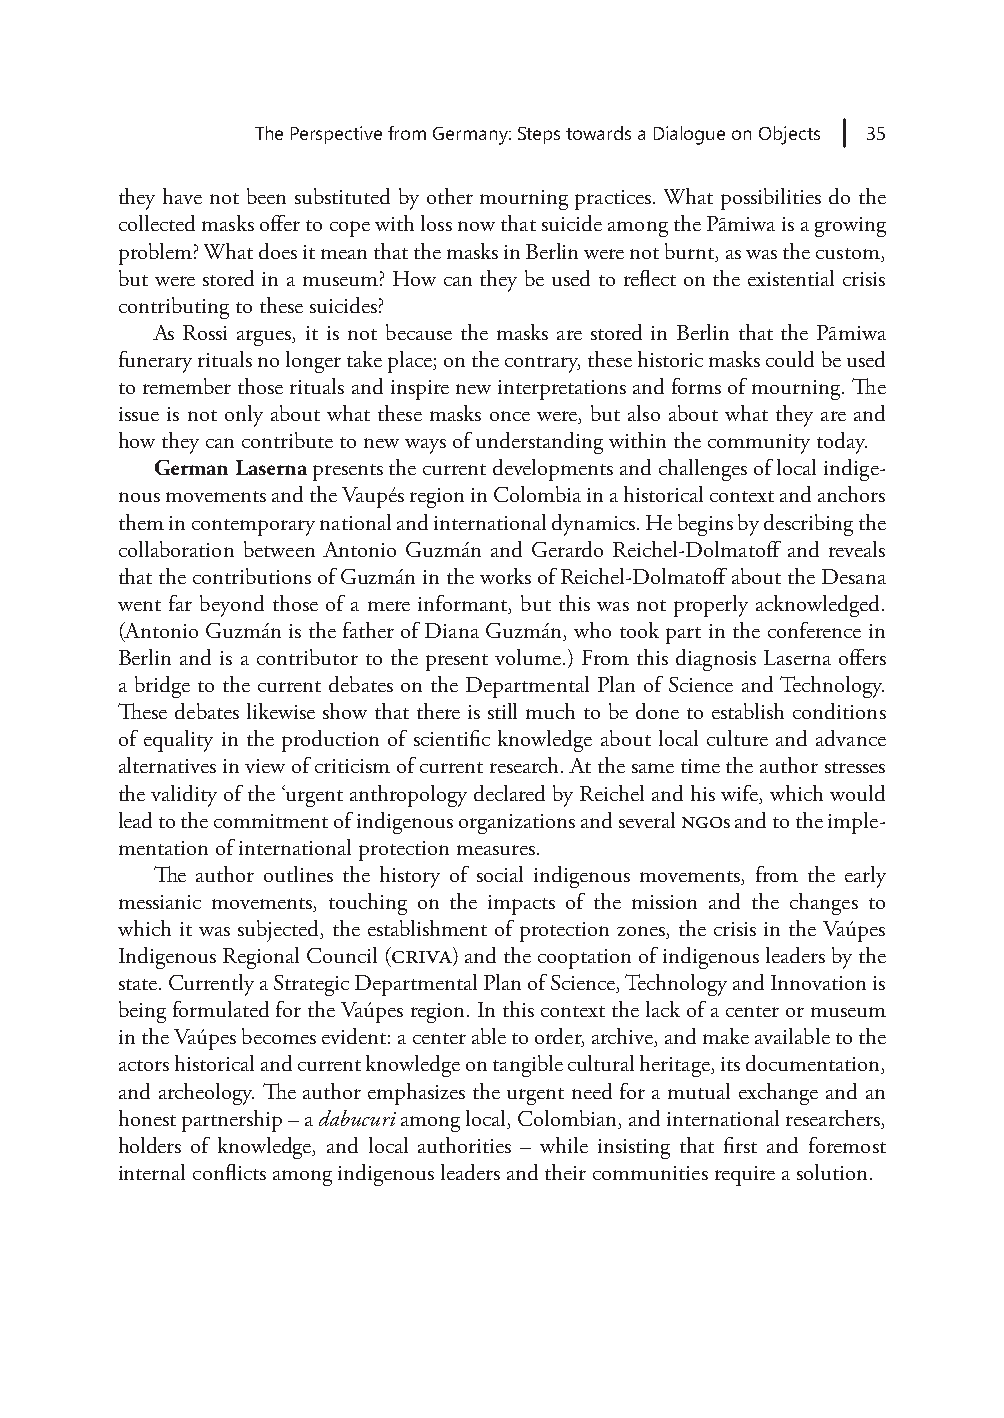
The Perspective from Germany: Steps towards a Dialogue on Objects 35
 they have not been substituted by other mourning practices. What possibilities do the
 collected masks offer to cope with loss now that suicide among the Pãmiwa is a growing
 problem? What does it mean that the masks in Berlin were not burnt, as was the custom,
 but were stored in a museum? How can they be used to reflect on the existential crisis
 contributing to these suicides?
 As Rossi argues, it is not because the masks are stored in Berlin that the Pãmiwa
 funerary rituals no longer take place; on the contrary, these historic masks could be used
 to remember those rituals and inspire new interpretations and forms of mourning. The
 issue is not only about what these masks once were, but also about what they are and
 how they can contribute to new ways of understanding within the community today.
 German Laserna presents the current developments and challenges of local indige-
 nous movements and the Vaupés region in Colombia in a historical context and anchors
 them in contemporary national and international dynamics. He begins by describing the
 collaboration between Antonio Guzmán and Gerardo Reichel-Dolmatoff and reveals
 that the contributions of Guzmán in the works of Reichel-Dolmatoff about the Desana
 went far beyond those of a mere informant, but this was not properly acknowledged.
 (Antonio Guzmán is the father of Diana Guzmán, who took part in the conference in
 Berlin and is a contributor to the present volume.) From this diagnosis Laserna offers
 a bridge to the current debates on the Departmental Plan of Science and Technology.
 These debates likewise show that there is still much to be done to establish conditions
 of equality in the production of scientific knowledge about local culture and advance
 alternatives in view of criticism of current research. At the same time the author stresses
 the validity of the ‘urgent anthropology declared by Reichel and his wife, which would
 lead to the commitment of indigenous organizations and several NGOs and to the imple-
 mentation of international protection measures.
 The author outlines the history of social indigenous movements, from the early
 messianic movements, touching on the impacts of the mission and the changes to
 which it was subjected, the establishment of protection zones, the crisis in the Vaúpes
 Indigenous Regional Council (CRIVA) and the cooptation of indigenous leaders by the
 state. Currently a Strategic Departmental Plan of Science, Technology and Innovation is
 being formulated for the Vaúpes region. In this context the lack of a center or museum
 in the Vaúpes becomes evident: a center able to order, archive, and make available to the
 actors historical and current knowledge on tangible cultural heritage, its documentation,
 and archeology. The author emphasizes the urgent need for a mutual exchange and an
 honest partnership – a dabucuri among local, Colombian, and international researchers,
 holders of knowledge, and local authorities – while insisting that first and foremost
 internal conflicts among indigenous leaders and their communities require a solution.